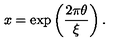
x = \exp \left( \frac { 2 \pi \theta } { \xi } \right) .